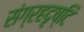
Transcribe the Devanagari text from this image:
संग्रहदृष्टि